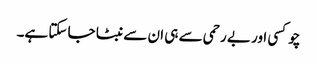
چوکسی اور بے رحمی سے ہی ان سے نبٹا جا سکتا ہے۔